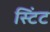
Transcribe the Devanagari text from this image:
स्टिंट